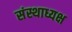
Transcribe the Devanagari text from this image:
संस्थाध्यक्ष